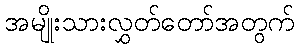
အမျိုးသားလွှတ်တော်အတွက်